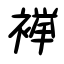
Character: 襷